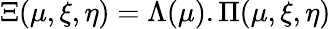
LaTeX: \Xi(\mu,\xi,\eta)=\Lambda(\mu).\Pi(\mu,\xi,\eta)